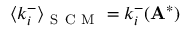
\langle k _ { i } ^ { - } \rangle _ { \mathrm { ~ S ~ C ~ M ~ } } = k _ { i } ^ { - } ( \mathbf { A } ^ { * } )